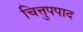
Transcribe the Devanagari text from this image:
चित्तुपपाद